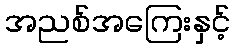
အညစ်အကြေးနှင့်